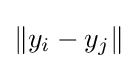
\|y_{i}-y_{j}\|